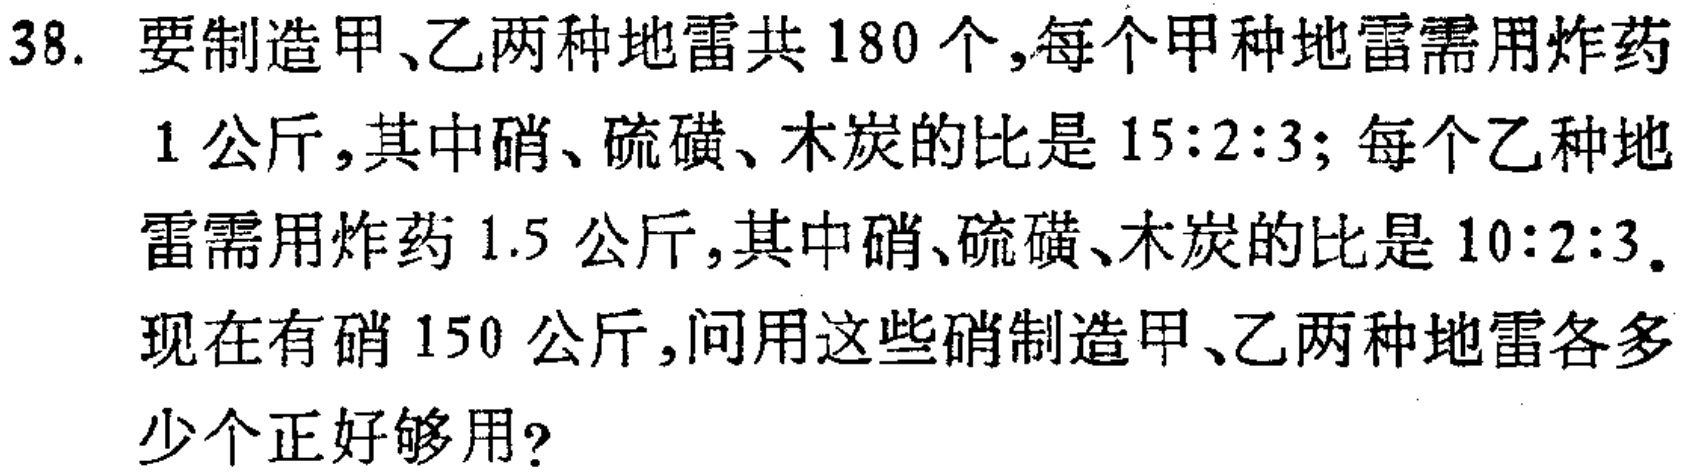
38. 要制造甲、乙两种地雷共180个,每个甲种地雷需用炸药1公斤,其中硝、硫磺、木炭的比是15:2:3; 每个乙种地雷需用炸药1.5公斤,其中硝、硫磺、木炭的比是10:2:3. 现在有硝150公斤,问用这些硝制造甲、乙两种地雷各多少个正好够用?